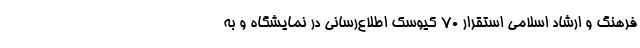
فرهنگ و ارشاد اسلامی استقرار ۷۰ کیوسک اطلاع‌رسانی در نمایشگاه و به